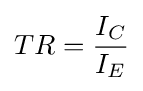
TR={\frac {I_{C}}{I_{E}}}